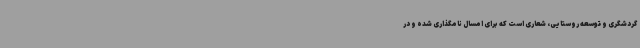
گردشگری و توسعه روستایی، شعاری است که برای امسال نامگذاری شده و در